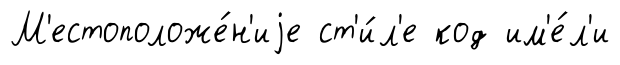
М'естоположе́н'иjе ст'и́л'е код им'е́л'и